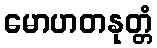
မောဟတနုတ္တံ